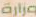
وزارة